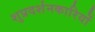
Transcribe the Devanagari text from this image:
शुप्रदर्शनकारियों